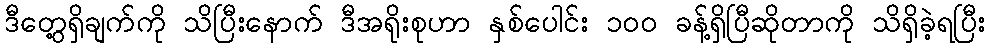
ဒီတွေ့ရှိချက်ကို သိပြီးနောက် ဒီအရိုးစုဟာ နှစ်ပေါင်း ၁၀၀ ခန့်ရှိပြီဆိုတာကို သိရှိခဲ့ရပြီး